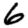
Digit: 6